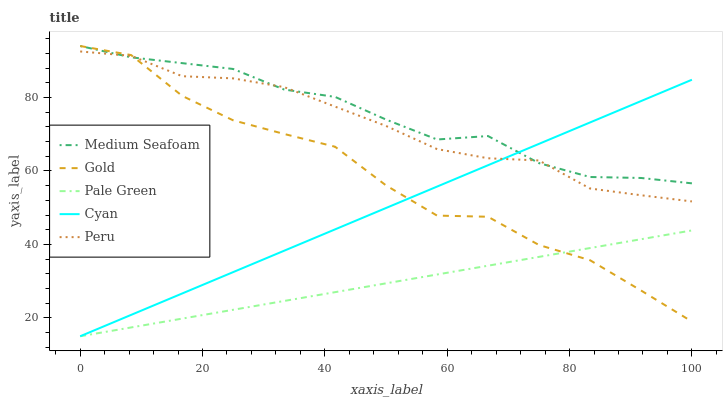
| xaxis_label | Medium Seafoam | Gold | Pale Green | Cyan | Peru |
 | --- | --- | --- | --- | --- | --- |
 | 0 | 94 | 94 | 15 | 15 | 92.5 |
 | 8.33 | 90.9 | 91.5 | 17.4 | 20.8 | 91.3 |
 | 16.7 | 89.3 | 80.4 | 19.8 | 26.6 | 85.8 |
 | 25 | 87.8 | 73.8 | 22.2 | 32.5 | 85.2 |
 | 33.3 | 82.2 | 70.1 | 24.6 | 38.3 | 82.8 |
 | 41.7 | 80.2 | 66.6 | 27 | 44.1 | 77.5 |
 | 50 | 74 | 56.1 | 29.4 | 49.9 | 72.2 |
 | 58.3 | 68.6 | 47.8 | 31.8 | 55.7 | 65.9 |
 | 66.7 | 69.5 | 47.5 | 34.2 | 61.5 | 63.4 |
 | 75 | 62.1 | 39.8 | 36.6 | 67.4 | 62.8 |
 | 83.3 | 58.3 | 35.7 | 39 | 73.2 | 55.2 |
 | 91.7 | 58.1 | 27.5 | 41.4 | 79 | 53.4 |
 | 100 | 56.6 | 19 | 43.8 | 84.8 | 51.7 |